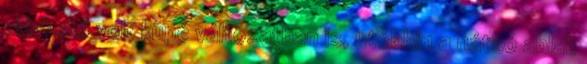
elérhető volt kupé változatban is, utóbbin a hátsó ablak